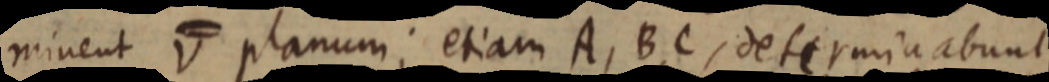
minent V planum; etiam A, B, C, determinabunt